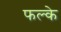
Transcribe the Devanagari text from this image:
फल्के